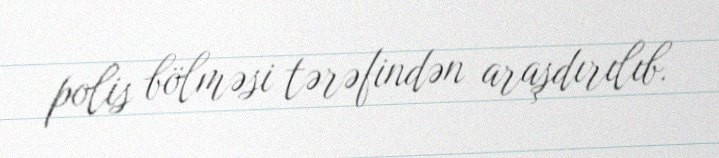
polis bölməsi tərəfindən araşdırılıb.